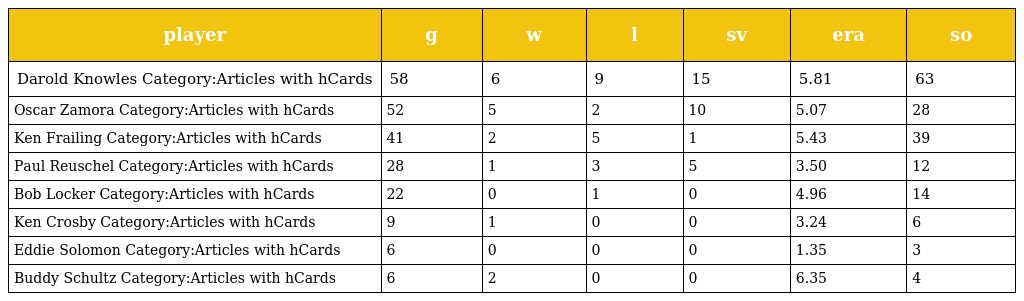
| player | g | w | l | sv | era | so |
 | --- | --- | --- | --- | --- | --- | --- |
 | Darold Knowles Category:Articles with hCards | 58 | 6 | 9 | 15 | 5.81 | 63 |
 | Oscar Zamora Category:Articles with hCards | 52 | 5 | 2 | 10 | 5.07 | 28 |
 | Ken Frailing Category:Articles with hCards | 41 | 2 | 5 | 1 | 5.43 | 39 |
 | Paul Reuschel Category:Articles with hCards | 28 | 1 | 3 | 5 | 3.50 | 12 |
 | Bob Locker Category:Articles with hCards | 22 | 0 | 1 | 0 | 4.96 | 14 |
 | Ken Crosby Category:Articles with hCards | 9 | 1 | 0 | 0 | 3.24 | 6 |
 | Eddie Solomon Category:Articles with hCards | 6 | 0 | 0 | 0 | 1.35 | 3 |
 | Buddy Schultz Category:Articles with hCards | 6 | 2 | 0 | 0 | 6.35 | 4 |